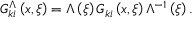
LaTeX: { \cal G } _ { k i } ^ { \Lambda } \left( { x , \xi } \right) = \Lambda \left( \xi \right) { \cal G } _ { k i } \left( { x , \xi } \right) \Lambda ^ { - 1 } \left( \xi \right) .